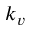
k _ { v }